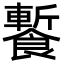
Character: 䭕